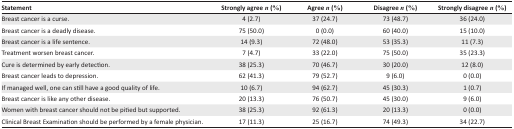
<table><thead><tr><td><b>Statement</b></td><td><b>Strongly agree <i>n</i> (%)</b></td><td><b>Agree <i>n</i> (%)</b></td><td><b>Disagree <i>n</i> (%)</b></td><td><b>Strongly disagree <i>n</i> (%)</b></td></tr></thead><tbody><tr><td>Breast cancer is a curse.</td><td>4 (2.7)</td><td>37 (24.7)</td><td>73 (48.7)</td><td>36 (24.0)</td></tr><tr><td>Breast cancer is a deadly disease.</td><td>75 (50.0)</td><td>0 (0.0)</td><td>60 (40.0)</td><td>15 (10.0)</td></tr><tr><td>Breast cancer is a life sentence.</td><td>14 (9.3)</td><td>72 (48.0)</td><td>53 (35.3)</td><td>11 (7.3)</td></tr><tr><td>Treatment worsen breast cancer.</td><td>7 (4.7)</td><td>33 (22.0)</td><td>75 (50.0)</td><td>35 (23.3)</td></tr><tr><td>Cure is determined by early detection.</td><td>38 (25.3)</td><td>70 (46.7)</td><td>30 (20.0)</td><td>12 (8.0)</td></tr><tr><td>Breast cancer leads to depression.</td><td>62 (41.3)</td><td>79 (52.7)</td><td>9 (6.0)</td><td>0 (0.0)</td></tr><tr><td>If managed well, one can still have a good quality of life.</td><td>10 (6.7)</td><td>94 (62.7)</td><td>45 (30.3)</td><td>1 (0.7)</td></tr><tr><td>Breast cancer is like any other disease.</td><td>20 (13.3)</td><td>76 (50.7)</td><td>45 (30.0)</td><td>9 (6.0)</td></tr><tr><td>Women with breast cancer should not be pitied but supported.</td><td>38 (25.3)</td><td>92 (61.3)</td><td>20 (13.3)</td><td>0 (0.0)</td></tr><tr><td>Clinical Breast Examination should be performed by a female physician.</td><td>17 (11.3)</td><td>25 (16.7)</td><td>74 (49.3)</td><td>34 (22.7)</td></tr></tbody></table>